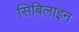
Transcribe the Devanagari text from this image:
सिबिलाइन